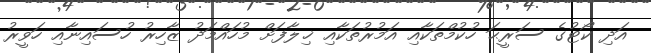
އަދި ކޯޓުގެ ސަރީޙަ ހުކުމްތަކާއި އަމުރުތަކާއި ޚިލާފަށް މުހައްމަދު ޒާހިރު ހުސައިނާއި ހަވީރު